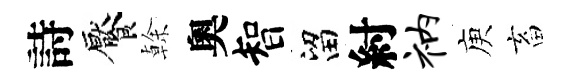
詩饜𠏉奧智留紂衲庾畜